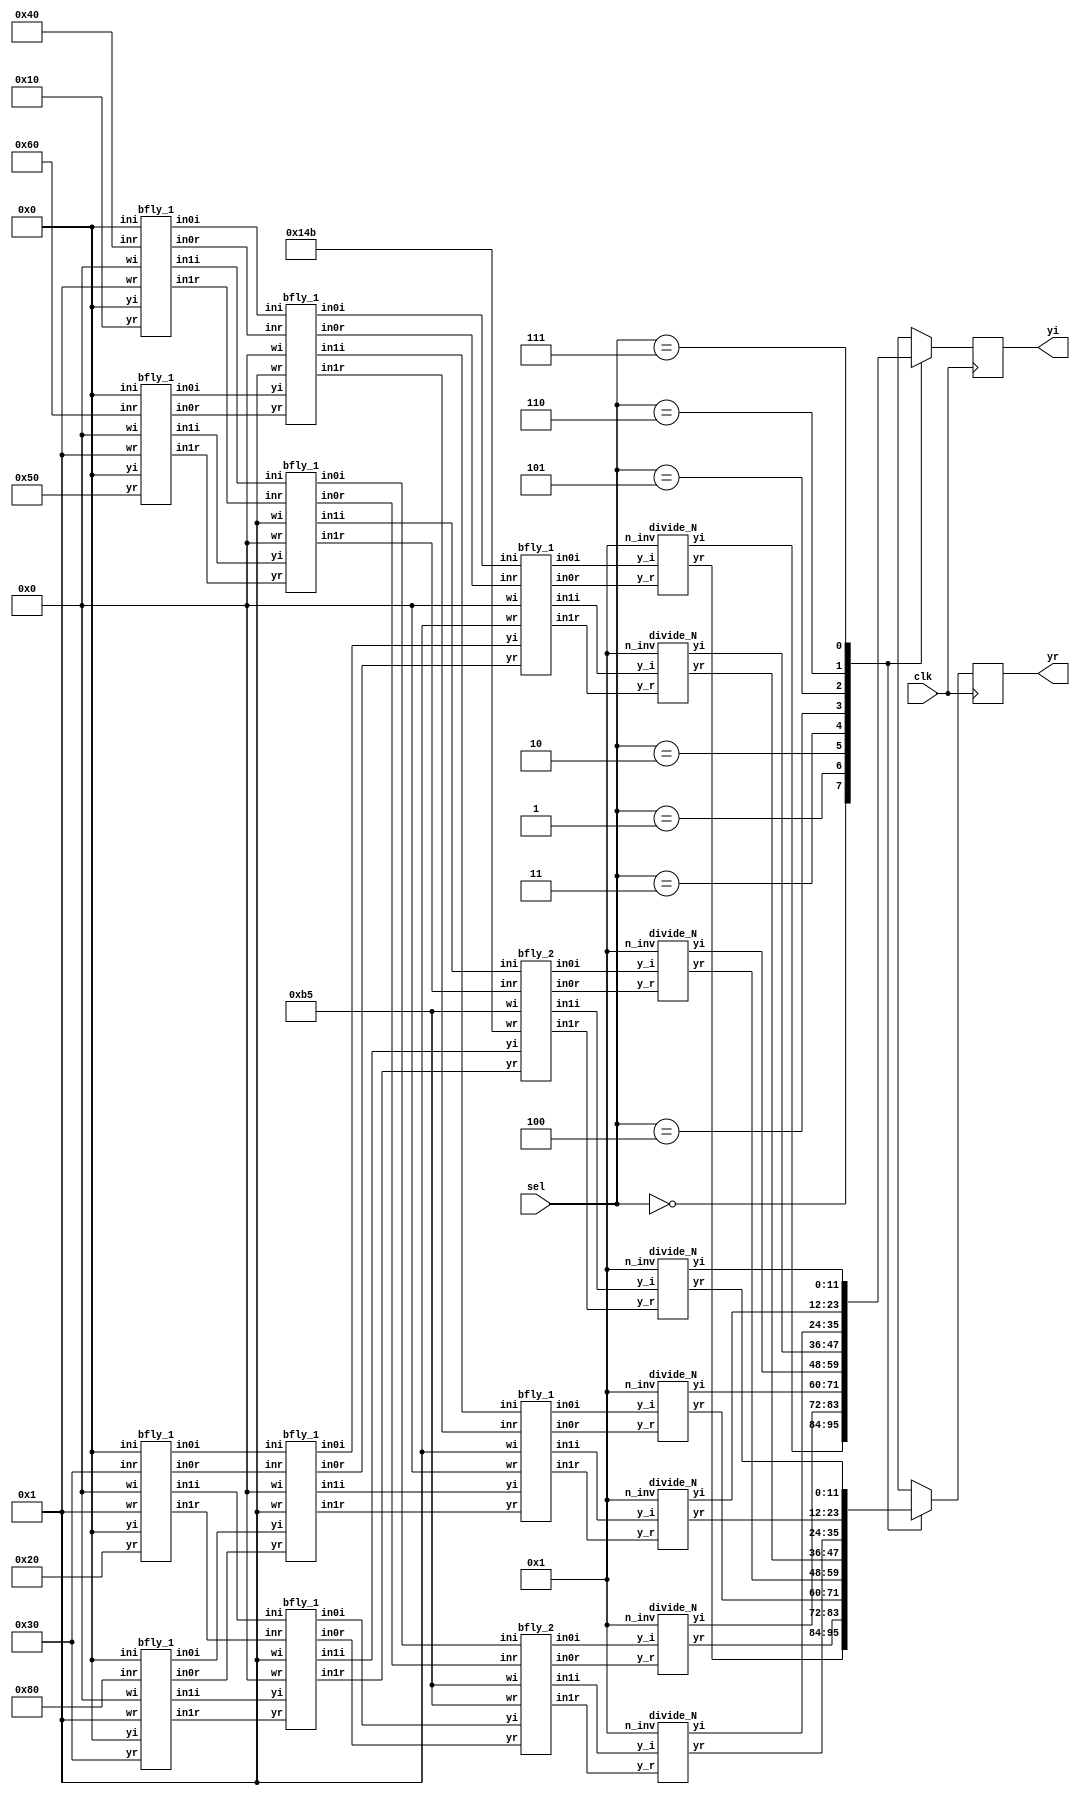
`timescale 1 ns/1 ns
module ifft(clk,sel,yr,yi);
input clk;
input [2:0] sel;
output reg [11:0] yr,yi;
wire [11:0] y0r,y1r,y2r,y3r,y4r,y5r,y6r,y7r,y0i,y1i,y2i,y3i,y4i,y5i,y6i,y7i;
wire [11:0] in20r,in20i,in21r,in21i,in22r,in22i,in23r,in23i,in24r,in24i,in25r,in25i,in26r,in26i,in27r,in27i;
wire [11:0] in10r,in10i,in11r,in11i,in12r,in12i,in13r,in13i,in14r,in14i,in15r,in15i,in16r,in16i,in17r,in17i;
wire [11:0] in0_r,in1_r,in2_r,in3_r,in4_r,in5_r,in6_r,in7_r,in0_i,in1_i,in2_i,in3_i,in4_i,in5_i,in6_i,in7_i;
wire [11:0] y0_r,y1_r,y2_r,y3_r,y4_r,y5_r,y6_r,y7_r,y0_i,y1_i,y2_i,y3_i,y4_i,y5_i,y6_i,y7_i;
parameter w0r=9'b1;
parameter w0i=9'b0;
parameter w1r=9'b010110101;                                        
parameter w1i=9'b010110101;                                        
parameter w2r=9'b0;
parameter w2i=9'b000000001;                                       
parameter w3r=9'b101001011;                                   
parameter w3i=9'b010110101; 
parameter N_inv=4'b0001;                                       
//INPUT(Real part)
assign in0_r=12'b000001000000;                                                   
assign in1_r=12'b000000110000;                                                   
assign in2_r=12'b000001100000;                                                   
assign in3_r=12'b000010000000;                                                   
assign in4_r=12'b000000010000;                                                   
assign in5_r=12'b000000100000;                                                   
assign in6_r=12'b000001010000;                                                   
assign in7_r=12'b000000110000;                                                   
//INPUT(Imaginary part)
assign in0_i=12'b0;                                                   
assign in1_i=12'b0;                                                   
assign in2_i=12'b0;                                                   
assign in3_i=12'b0;                                                   
assign in4_i=12'b0;                                                   
assign in5_i=12'b0;                                                   
assign in6_i=12'b0;                                                   
assign in7_i=12'b0; 
//STAGE 1
bfly_1 s11(in0_r,in0_i,in4_r,in4_i,w0r,w0i,in10r,in10i,in11r,in11i);              
bfly_1 s12(in2_r,in2_i,in6_r,in6_i,w0r,w0i,in12r,in12i,in13r,in13i);              
bfly_1 s13(in1_r,in1_i,in5_r,in5_i,w0r,w0i,in14r,in14i,in15r,in15i);              
bfly_1 s14(in3_r,in3_i,in7_r,in7_i,w0r,w0i,in16r,in16i,in17r,in17i);              
//STAGE 2
bfly_1 s21(in10r,in10i,in12r,in12i,w0r,w0i,in20r,in20i,in22r,in22i);
bfly_1 s22(in11r,in11i,in13r,in13i,w2r,w2i,in21r,in21i,in23r,in23i);
bfly_1 s23(in14r,in14i,in16r,in16i,w0r,w0i,in24r,in24i,in26r,in26i);
bfly_1 s24(in15r,in15i,in17r,in17i,w2r,w2i,in25r,in25i,in27r,in27i);

//STAGE 3
bfly_1 s31(in20r,in20i,in24r,in24i,w0r,w0i,y0r,y0i,y4r,y4i);
bfly_2 s32(in21r,in21i,in25r,in25i,w1r,w1i,y1r,y1i,y5r,y5i);
bfly_1 s33(in22r,in22i,in26r,in26i,w2r,w2i,y2r,y2i,y6r,y6i);
bfly_2 s34(in23r,in23i,in27r,in27i,w3r,w3i,y3r,y3i,y7r,y7i);
//Divide by N
divide_N d0(y0r,y0i,N_inv,y0_r,y0_i);
divide_N d1(y1r,y1i,N_inv,y1_r,y1_i);
divide_N d2(y2r,y2i,N_inv,y2_r,y2_i);
divide_N d3(y3r,y3i,N_inv,y3_r,y3_i);
divide_N d4(y4r,y4i,N_inv,y4_r,y4_i);
divide_N d5(y5r,y5i,N_inv,y5_r,y5_i);
divide_N d6(y6r,y6i,N_inv,y6_r,y6_i);
divide_N d7(y7r,y7i,N_inv,y7_r,y7_i);

always@(posedge clk)
case(sel)
0:begin yr=y0_r; yi=y0_i; end
1:begin yr=y1_r; yi=y1_i; end
2:begin yr=y2_r; yi=y2_i; end
3:begin yr=y3_r; yi=y3_i; end
4:begin yr=y4_r; yi=y4_i; end
5:begin yr=y5_r; yi=y5_i; end
6:begin yr=y6_r; yi=y6_i; end
7:begin yr=y7_r; yi=y7_i; end
endcase
endmodule
module bfly_2(inr,ini,yr,yi,wr,wi,in0r,in0i,in1r,in1i);
input signed [11:0]inr,ini,yr,yi;
input signed [8:0]wr,wi;
output [11:0]in0r,in0i,in1r,in1i;
wire [20:0]p1,p2,p3,p4;
assign p1=wr*yr;
assign p2=wi*yi;
assign p3=wr*yi;
assign p4=wi*yr;
assign in0r=inr+p1[19:8]-p2[19:8];
assign in0i=ini+p3[19:8]+p4[19:8];
assign in1r=inr-p1[19:8]+p2[19:8];
assign in1i=ini-p3[19:8]-p4[19:8];
endmodule
module bfly_1(inr,ini,yr,yi,wr,wi,in0r,in0i,in1r,in1i);
input signed [11:0]inr,ini,yr,yi;
input signed [8:0]wr,wi;
output [11:0]in0r,in0i,in1r,in1i;
wire [20:0]p1,p2,p3,p4;
assign p1=wr*yr;
assign p2=wi*yi;
assign p3=wr*yi;
assign p4=wi*yr;
assign in0r=inr+p1[11:0]-p2[11:0];
assign in0i=ini+p3[11:0]+p4[11:0];
assign in1r=inr-p1[11:0]+p2[11:0];
assign in1i=ini-p3[11:0]-p4[11:0];
endmodule
module divide_N (y_r,y_i,n_inv,yr,yi);
input signed [3:0] n_inv;
input signed [11:0] y_r,y_i;
wire [15:0] p1,p2;
output [11:0]yr,yi;
assign p1=y_r*n_inv;
assign yr=p1[14:3];
assign p2=y_i*n_inv;
assign yi=p2[14:3];
    
endmodule